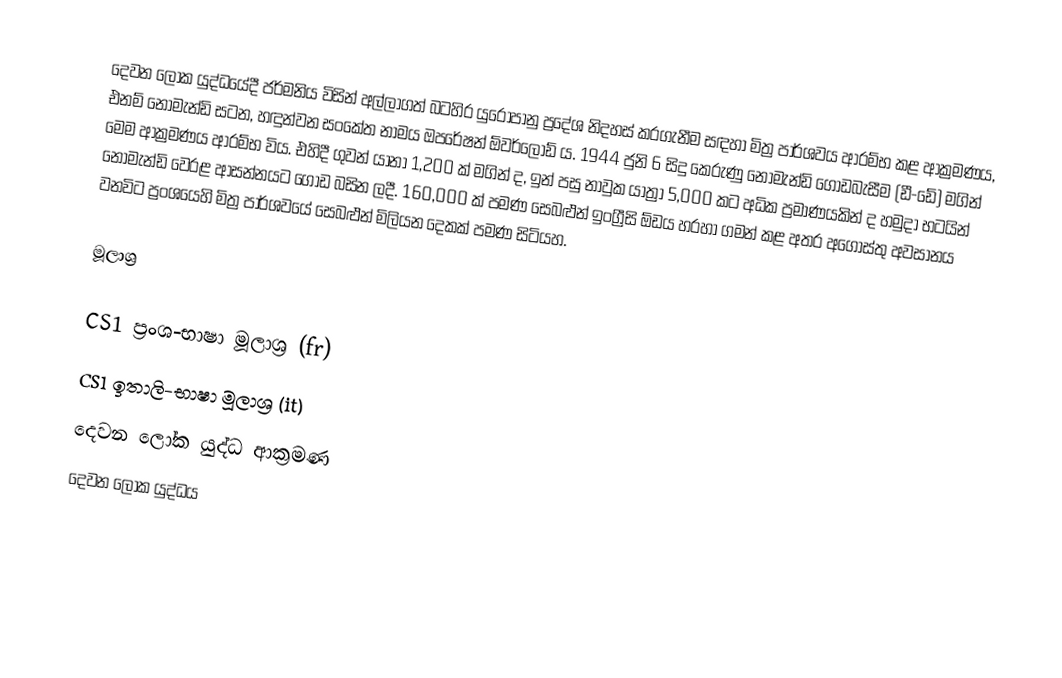
දෙවන ලෝක යුද්ධයේදී ජර්මනිය විසින් අල්ලාගත් බටහිර යුරෝපානු ප්‍රදේශ නිදහස් කරගැනීම සඳහා මිත්‍ර පාර්ශවය ආරම්භ කළ ආක්‍රමණය, එනම් නෝමැන්ඩි සටන, හඳුන්වන සංකේත නාමය ඔපරේෂන් ඕවර්ලෝඩ් ය. 1944 ජුනි 6 සිදු කෙරුණු නෝමැන්ඩි ගොඩබැසීම (ඩී-ඩේ) මගින් මෙම ආක්‍රමණය ආරම්භ විය. එහිදී ගුවන් යානා 1,200 ක් මගින් ද, ඉන් පසු නාවුක යාත්‍රා 5,000 කට අධික ප්‍රමාණයකින් ද හමුදා භටයින් නෝමැන්ඩි වෙරළ ආසන්නයට ගොඩ බසින ලදී. 160,000 ක් පමණ සෙබළුන් ඉංග්‍රීසි ඕඩය හරහා ගමන් කළ අතර අගෝස්තු අවසානය වනවිට ප්‍රංශයෙහි මිත්‍ර පාර්ශවයේ සෙබළුන් මිලියන දෙකක් පමණ සිටියහ.

මූලාශ්‍ර

CS1 ප්‍රංශ-භාෂා මූලාශ්‍ර (fr)
CS1 ඉතාලි-භාෂා මූලාශ්‍ර (it)
දෙවන ලෝක යුද්ධ ආක්‍රමණ
දෙවන ලෝක යුද්ධය